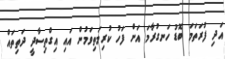
އަދި ފުރަތަމަ ބޮޑު ހަނގުރާމަ އަށް ފަހު ކުރިމަތިވަމުން އައި އިގްތިސާދީ ދަތިތައް